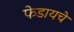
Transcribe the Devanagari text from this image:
फेडायचे